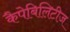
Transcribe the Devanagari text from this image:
कैपेबिलिटीज